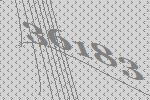
36183